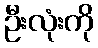
ဦးလုံးကို